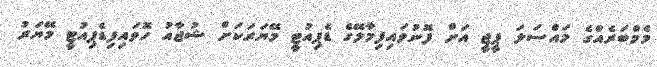
މެމްބަރެއްގެ މައްސަލަ ޕީޖީ އަށް ފޮނުވައިފިމާލޭގެ ޑެޕިއުޓީ މޭޔަރަކަށް ޝުޖާއު ހޮވައިފިޑެޕިއުޓީ މޭޔަރު